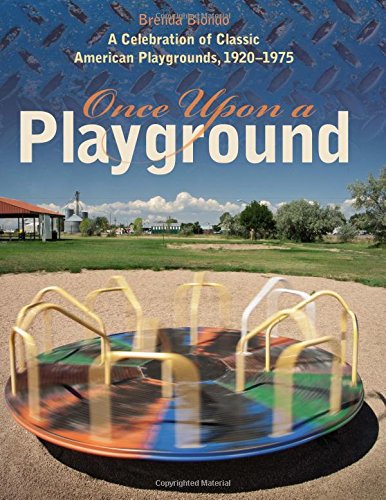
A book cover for Once Upon a Playground: A Celebration of Classic American Playgrounds, 1920-1975; Brenda Biondo; Humor & Entertainment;